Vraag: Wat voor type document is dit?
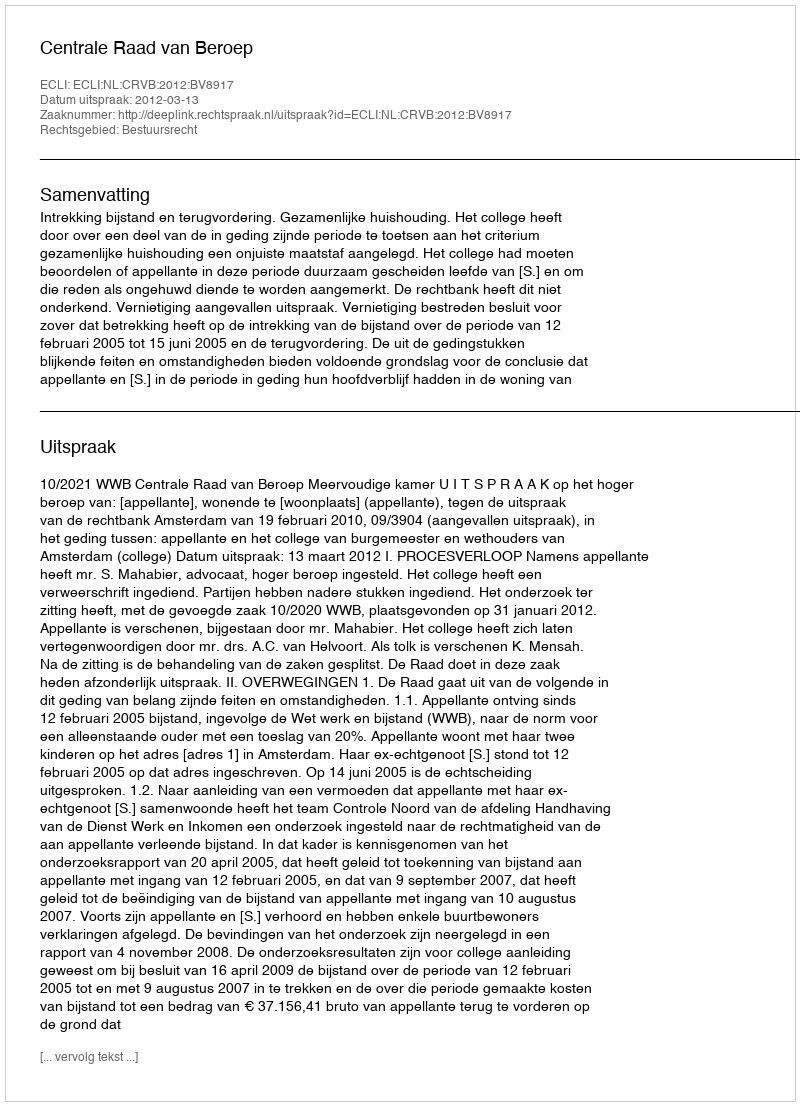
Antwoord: Uitspraak